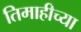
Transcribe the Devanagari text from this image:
तिमाहीच्या